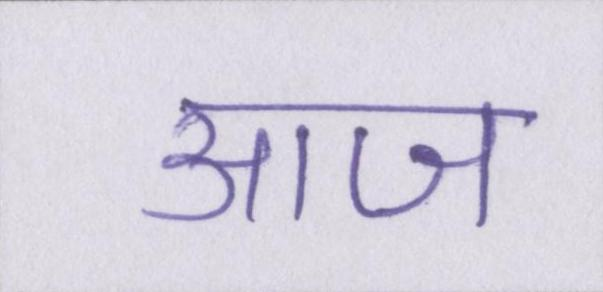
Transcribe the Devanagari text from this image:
आज